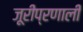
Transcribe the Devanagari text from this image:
जूरीप्रणाली